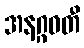
အနဂ္ဂဝတီ